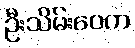
ဦးသိမ်းဝေက